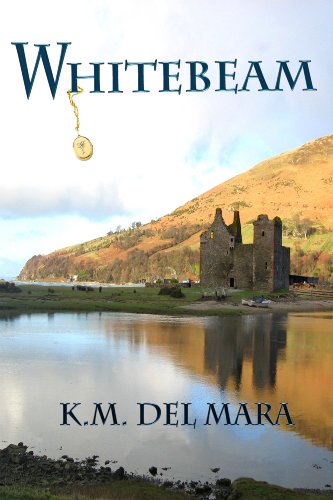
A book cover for Whitebeam (The Silent Grove Book 1); K. M.  del Mara; Teen & Young Adult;